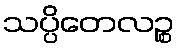
သပ္ပိတေလဉ္စ